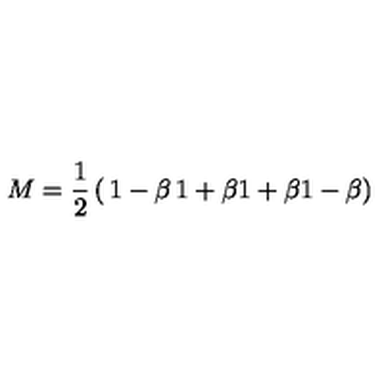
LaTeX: M = { \frac { 1 } { 2 } } \left( \begin{matrix} { 1 - \beta } & { 1 + \beta } \\ { 1 + \beta } & { 1 - \beta } \\ \end{matrix} \right)